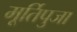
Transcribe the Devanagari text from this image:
मूर्तिपुजा